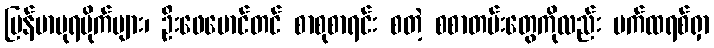
မြန်မာပုရပိုက်များ၊ ဦးဖေမောင်တင် စာစုစာရင်း စတဲ့ စစာတမ်းတွေကိုလည်း ပက်ထရစ်ရှာ